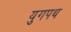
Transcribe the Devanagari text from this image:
युगपथ